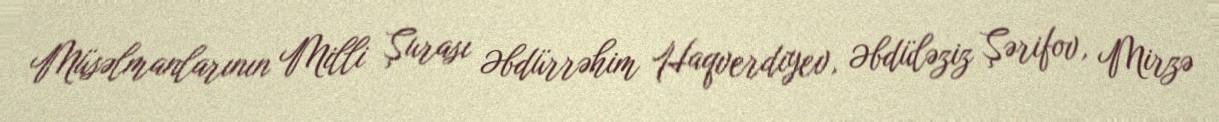
Müsəlmanlarının Milli Şurası Əbdürrəhim Haqverdiyev, Əbdüləziz Şərifov, Mirzə